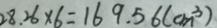
2 8 . 2 6 \times 6 = 1 6 9 . 5 6 ( c m ^ { 3 } )